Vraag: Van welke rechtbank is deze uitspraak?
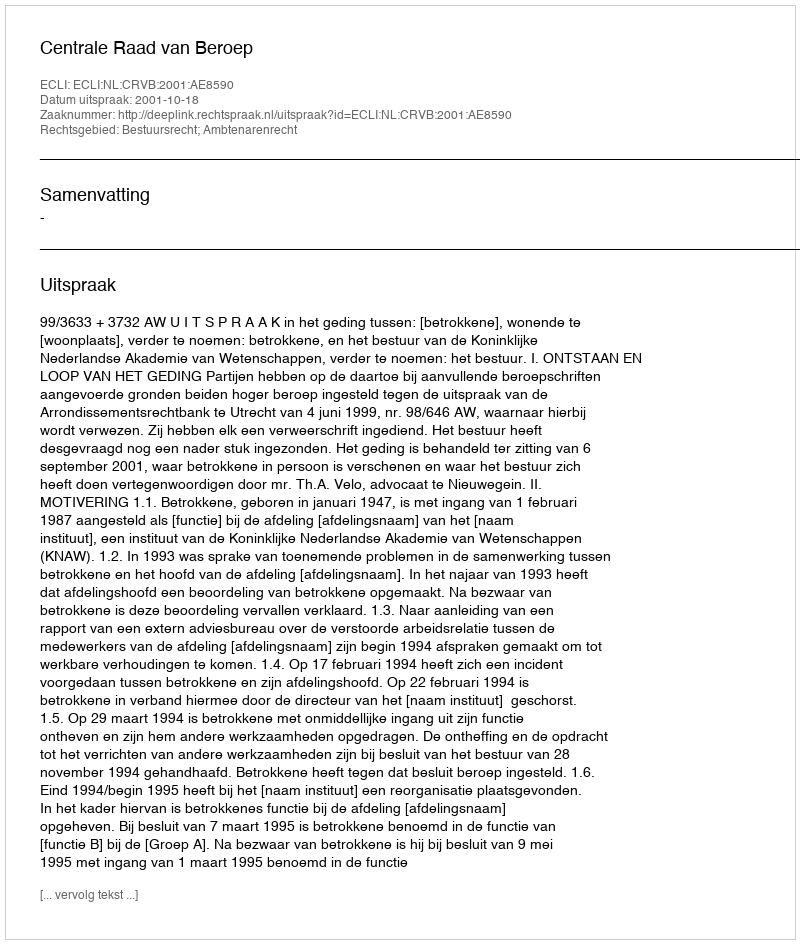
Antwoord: Centrale Raad van Beroep